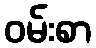
ဝမ်းစာ